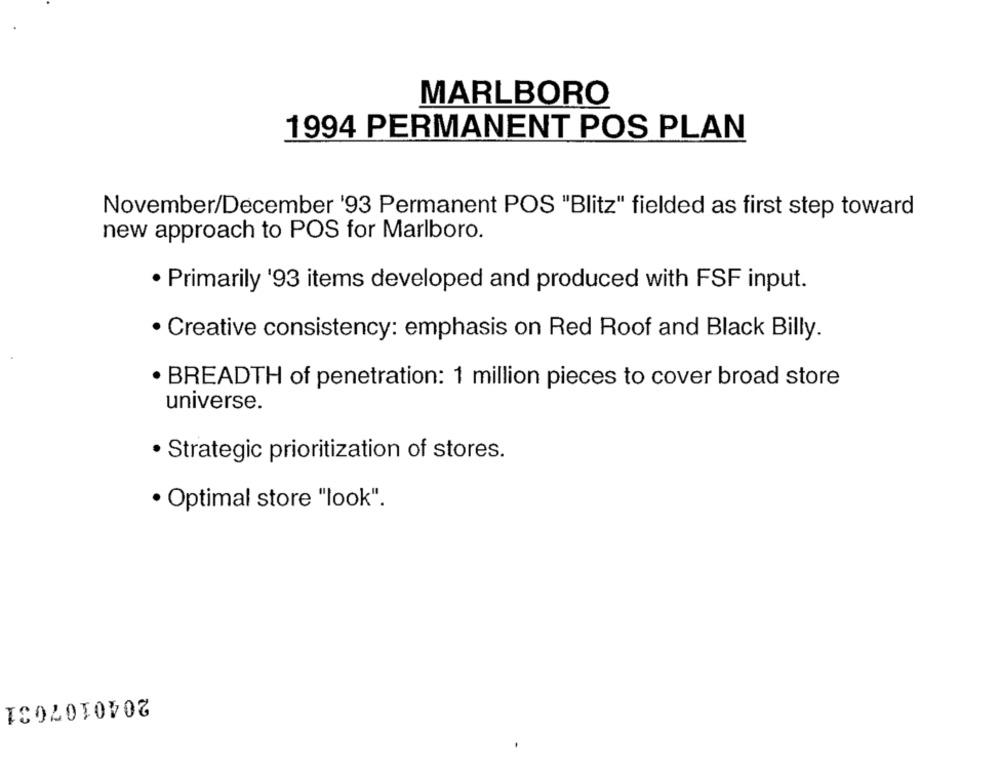
MARLBORO
1994 PERMANENT POS PLAN
November/December '93 Permanent POS "Blitz" fielded as first step toward
new approach to POS for Marlboro.
· Primarily '93 items developed and produced with FSF input.
· Creative consistency: emphasis on Red Roof and Black Billy.
· BREADTH of penetration: 1 million pieces to cover broad store
universe.
· Strategic prioritization of stores.
· Optimal store "look".
2040107031